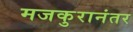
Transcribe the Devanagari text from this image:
मजकुरानंतर